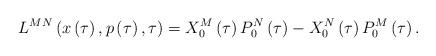
LaTeX: \begin{align*}L^{MN}\left( x\left( \tau \right) ,p\left( \tau \right) ,\tau \right)=X_0^M\left( \tau \right) P_0^N\left( \tau \right) -X_0^N\left( \tau \right)P_0^M\left( \tau \right) . \end{align*}